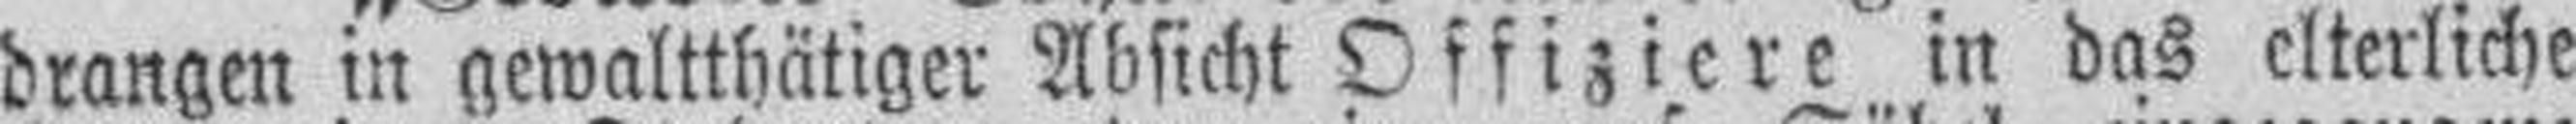
drangen in gewaltthätiger Absicht Offiziere in das elterliche